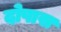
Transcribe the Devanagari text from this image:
दोषास